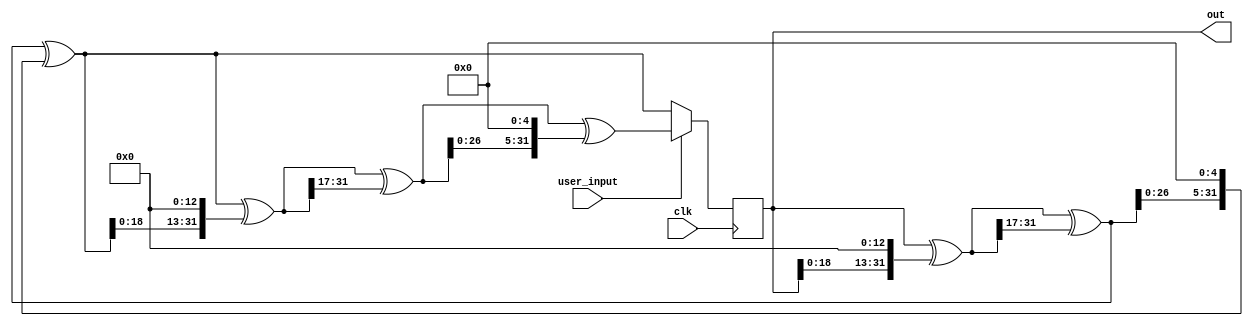
// This program was cloned from: https://github.com/pwmarcz/fpga-chip8
// License: MIT License

`default_nettype none

// https://en.wikipedia.org/wiki/Xorshift

module rng(input wire clk,
           output wire [31:0] out,
           input wire user_input);
  reg [31:0] state = 42;
  reg [31:0] next;
  assign out = state;

  always @(*) begin
    next = state;
    next = next ^ (next << 13);
    next = next ^ (next >> 17);
    next = next ^ (next << 5);

    if (user_input) begin
      next = next ^ (next << 13);
      next = next ^ (next >> 17);
      next = next ^ (next << 5);
    end
  end

  always @(posedge clk) begin
    state <= next;
  end
endmodule